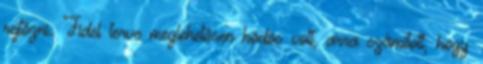
rejtőzni. Fidel terve meglehetősen ködös volt, arra számított, hogy